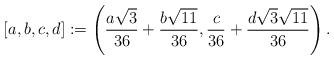
LaTeX: \begin{align*}[a,b,c,d]:=\left(\frac{a\sqrt{3}}{36}+\frac{b\sqrt{11}}{36}, \frac{c}{36}+\frac{d\sqrt{3}\sqrt{11}}{36}\right).\end{align*}